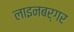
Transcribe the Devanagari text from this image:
लाइनबर्गर